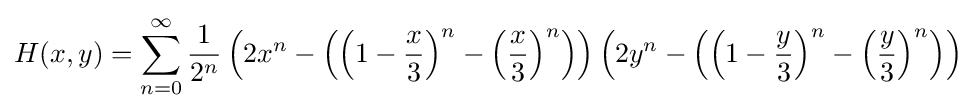
H(x,y)=\sum _{n=0}^{\infty }{\frac {1}{2^{n}}}\left(2x^{n}-\left(\left(1-{\frac {x}{3}}\right)^{n}-\left({\frac {x}{3}}\right)^{n}\right)\right)\left(2y^{n}-\left(\left(1-{\frac {y}{3}}\right)^{n}-\left({\frac {y}{3}}\right)^{n}\right)\right)